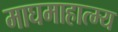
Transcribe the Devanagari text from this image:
माघमाहात्म्य